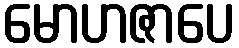
မောဟဇာပေ